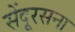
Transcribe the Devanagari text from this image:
सेंदूरसना